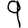
Digit: 9